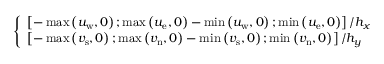
\left\{ \begin{array} { l l } { \left[ - \operatorname* { m a x } \left( u _ { \mathrm { w } } , 0 \right) ; \operatorname* { m a x } \left( u _ { \mathrm { e } } , 0 \right) - \operatorname* { m i n } \left( u _ { \mathrm { w } } , 0 \right) ; \operatorname* { m i n } \left( u _ { \mathrm { e } } , 0 \right) \right] / h _ { x } } \\ { \left[ - \operatorname* { m a x } \left( v _ { \mathrm { s } } , 0 \right) ; \operatorname* { m a x } \left( v _ { \mathrm { n } } , 0 \right) - \operatorname* { m i n } \left( v _ { \mathrm { s } } , 0 \right) ; \operatorname* { m i n } \left( v _ { \mathrm { n } } , 0 \right) \right] / h _ { y } } \end{array} \right.